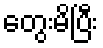
တွေးမိပြီး